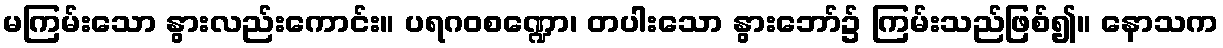
မကြမ်းသော နွားလည်းကောင်း။ ပရဂဝစဏ္ဍော၊ တပါးသော နွားဘော်၌ ကြမ်းသည်ဖြစ်၍။ နောသက